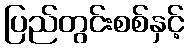
ပြည်တွင်းစစ်နှင့်